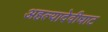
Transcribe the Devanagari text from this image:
अहल्यादेवीघाट